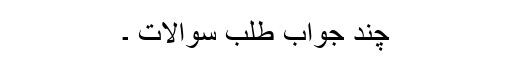
چند جواب طلب سوالات ۔